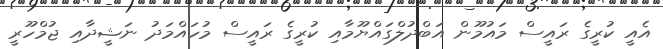
އެއީ ކުރީގެ ރައީސް މައުމޫން އަބްދުލްގައްޔޫމާއި ކުރީގެ ރައީސް މުހައްމަދު ނަޝީދާއި ޖުމްހޫރީ